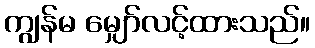
ကျွန်မ မျှော်လင့်ထားသည်။